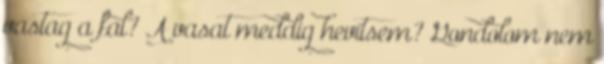
vastag a fal? A vasat meddig hevítsem? Gondolom nem